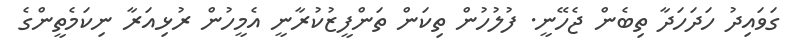
ގަވައިދު ހަދަހަދާ ތިބެން ޖެހޭނީ. ފުލުހުން ތިކަން ތަންފީޒުކުރާނީ އެމީހުން ރުޅިއަރާ ނިކަމެތީންގެ